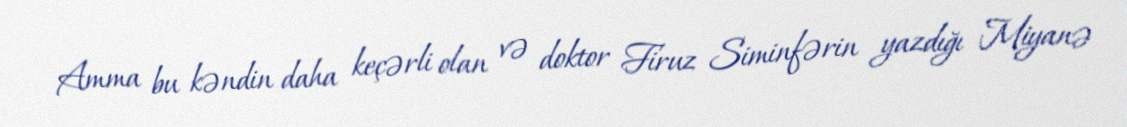
Amma bu kəndin daha keçərli olan və doktor Firuz Siminfərin yazdığı Miyanə